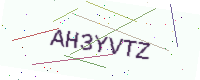
Text: AH3YVTZ